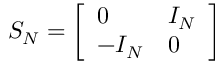
S _ { N } = { \left[ \begin{array} { l l } { 0 } & { I _ { N } } \\ { - I _ { N } } & { 0 } \end{array} \right] }